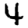
Digit: 4